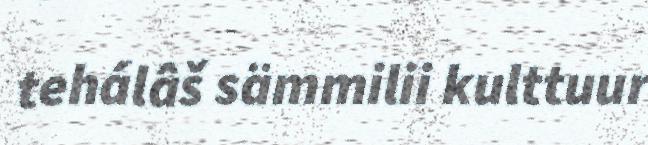
tehálâš sämmilii kulttuur